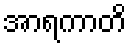
အာရကာတိ